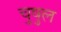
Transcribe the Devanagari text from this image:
चुषुल